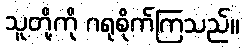
သူတို့ကို ဂရုစိုက်ကြသည်။